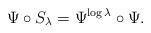
LaTeX: \begin{align*}\Psi \circ S_\lambda = \Psi^{\log\lambda} \circ \Psi.\end{align*}